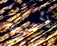
لأضع